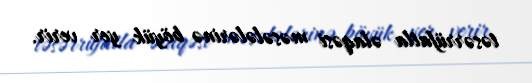
təsərrüfatla əlaqəsi məsələlərinə böyük yer verir.